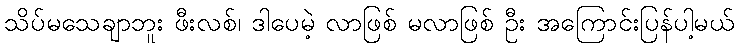
သိပ်မသေချာဘူး ဖီးလစ်၊ ဒါပေမဲ့ လာဖြစ် မလာဖြစ် ဦး အကြောင်းပြန်ပါ့မယ်